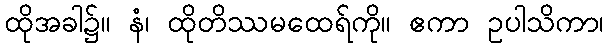
ထိုအခါ၌။ နံ၊ ထိုတိဿမထေရ်ကို။ ဧကာ ဥပါသိကာ၊